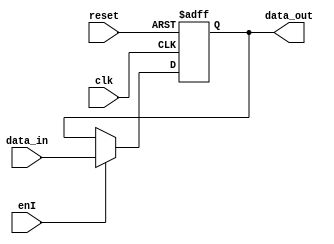
// Zack Fravel
// System Synthesis and Modeling
// Final Project (Step 2)

module MAR(clk, reset, data_in, enI, data_out);

// Input/Output/Register Declaration
input clk; input reset; input[15:0] data_in; 
input enI; output[15:0] data_out;
reg[15:0] data;

// Architecture

always@(posedge clk or posedge reset)
begin
	if (reset == 1)
	   begin
		data <= 16'h0000;
	   end
	else
	   if (enI == 1)
		data <= data_in;
end

	assign data_out = data;

endmodule